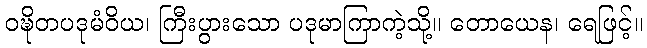
ဝဍ္ဎိတပဒုမံဝိယ၊ ကြီးပွားသော ပဒုမာကြာကဲ့သို့။ တောယေန၊ ရေဖြင့်။